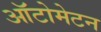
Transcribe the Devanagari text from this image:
ऑटोमेटन